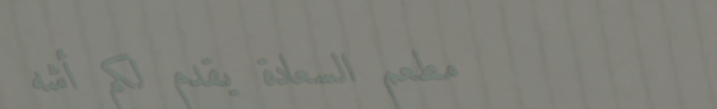
مطعم السعادة يقدم لكم أشه